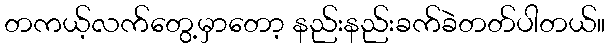
တကယ့်လက်တွေ့မှာတော့ နည်းနည်းခက်ခဲတတ်ပါတယ်။